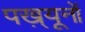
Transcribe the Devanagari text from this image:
पख़्यूनों